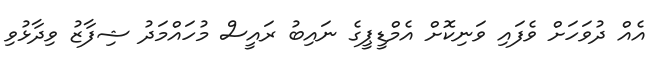
އެއް ދުވަހަށް ވެފައި ވަނިކޮށް އެމްޑީޕީގެ ނައިބު ރައީސް މުހައްމަދު ޝިފާޒު ވިދާޅުވި